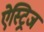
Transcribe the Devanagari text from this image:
ऐस्ट्रिज